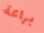
براعة